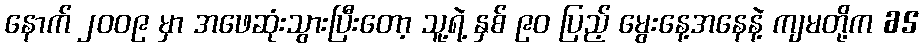
နောက် ၂၀၀၉ မှာ အဖေဆုံးသွားပြီးတော့ သူ့ရဲ့ နှစ် ၉၀ ပြည့် မွေးနေ့အနေနဲ့ ကျမတို့က 65